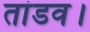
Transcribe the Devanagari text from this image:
तांडव।